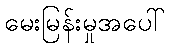
မေးမြန်းမှုအပေါ်